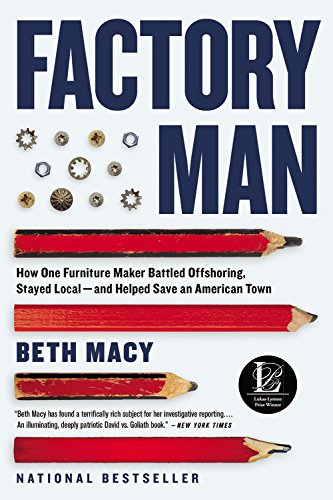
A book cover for Factory Man: How One Furniture Maker Battled Offshoring, Stayed Local - and Helped Save an American Town; Beth Macy; Arts & Photography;